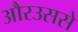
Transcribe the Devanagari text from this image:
औरउससे